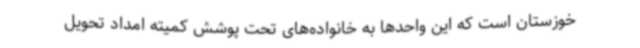
خوزستان است که این واحدها به خانواده‌های تحت پوشش کمیته امداد تحویل